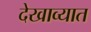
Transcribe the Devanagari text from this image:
देखाव्यात